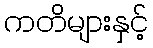
ကတိများနှင့်